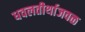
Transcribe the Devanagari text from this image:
धवलतीर्थाजवळ